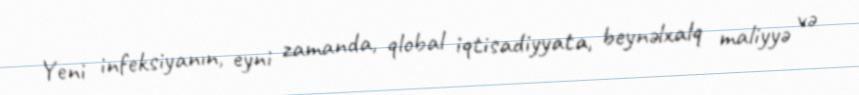
Yeni infeksiyanın, eyni zamanda, qlobal iqtisadiyyata, beynəlxalq maliyyə və